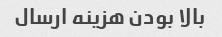
بالا بودن هزینه ارسال